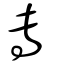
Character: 專